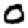
Digit: 0